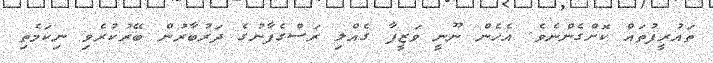
ތައުރީފުތައް ކޮށްގެންނެވެ. އެހެން ނޫނީ ވަޒީފާ ގެއްލި ރަސްގެފާނުގެ ދަރުބާރުން ބޭރުކުރެވި ނިކަމެތި